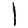
Digit: 1